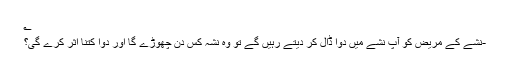
؎
-نشے کے مریض کو آپ نشے میں دوا ڈال کر دیتے رہیں گے تو وہ نشہ کس دن چھوڑے گا اور دوا کتنا اثر کرے گی؟